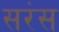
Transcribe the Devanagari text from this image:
सरंस